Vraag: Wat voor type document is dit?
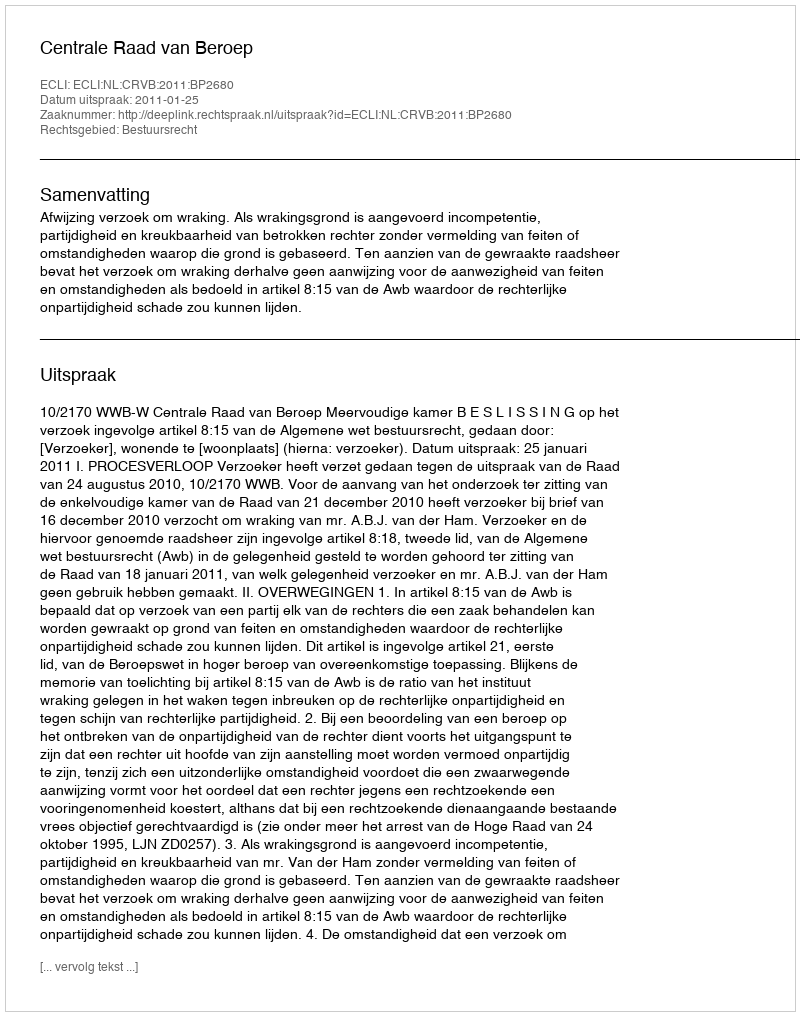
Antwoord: Uitspraak